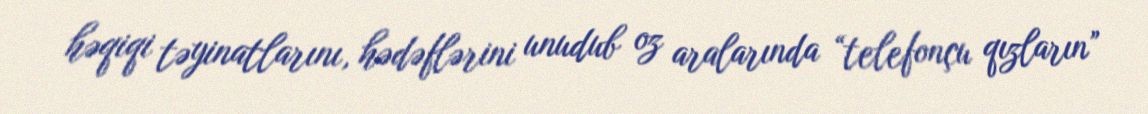
həqiqi təyinatlarını, hədəflərini unudub oz aralarında “telefonçu qızların”